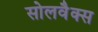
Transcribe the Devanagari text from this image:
सोलवैक्स